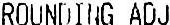
ROUNDING ADJ